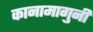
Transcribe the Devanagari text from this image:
कानामागुनी